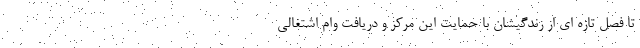
تا فصل تازه ای از زندگیشان با حمایت این مرکز و دریافت وام اشتغالی